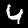
Label: 4